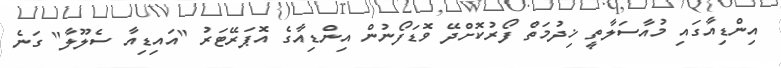
އިންޑިއާގައި މުއާސަލާތީ ޚިދުމަތް ފޯރުކޮށްދޭ ވޮޑަފޯނުން އިންޑިއާގެ އޮޕަރޭޓަރު "އައިޑިއާ ސެލޫލާ" ގަނެ